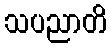
သပညာတိ